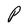
Character: P